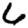
Digit: 6